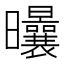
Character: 𣌝